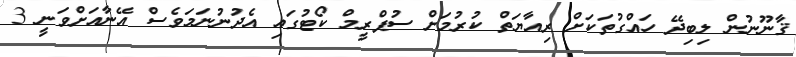
ޤާނޫނުން ލިބިދޭ ހައްގުތަކަށް ރިއާޔަތް ކުރުމަށް ސުޕްރީމް ކޯޓުގައި އެދުނުނަމަވެސް އޭނާއަށްވަނީ 3